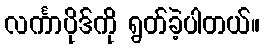
လင်္ကာပိုဒ်ကို ရွတ်ခဲ့ပါတယ်။